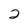
Character: 2